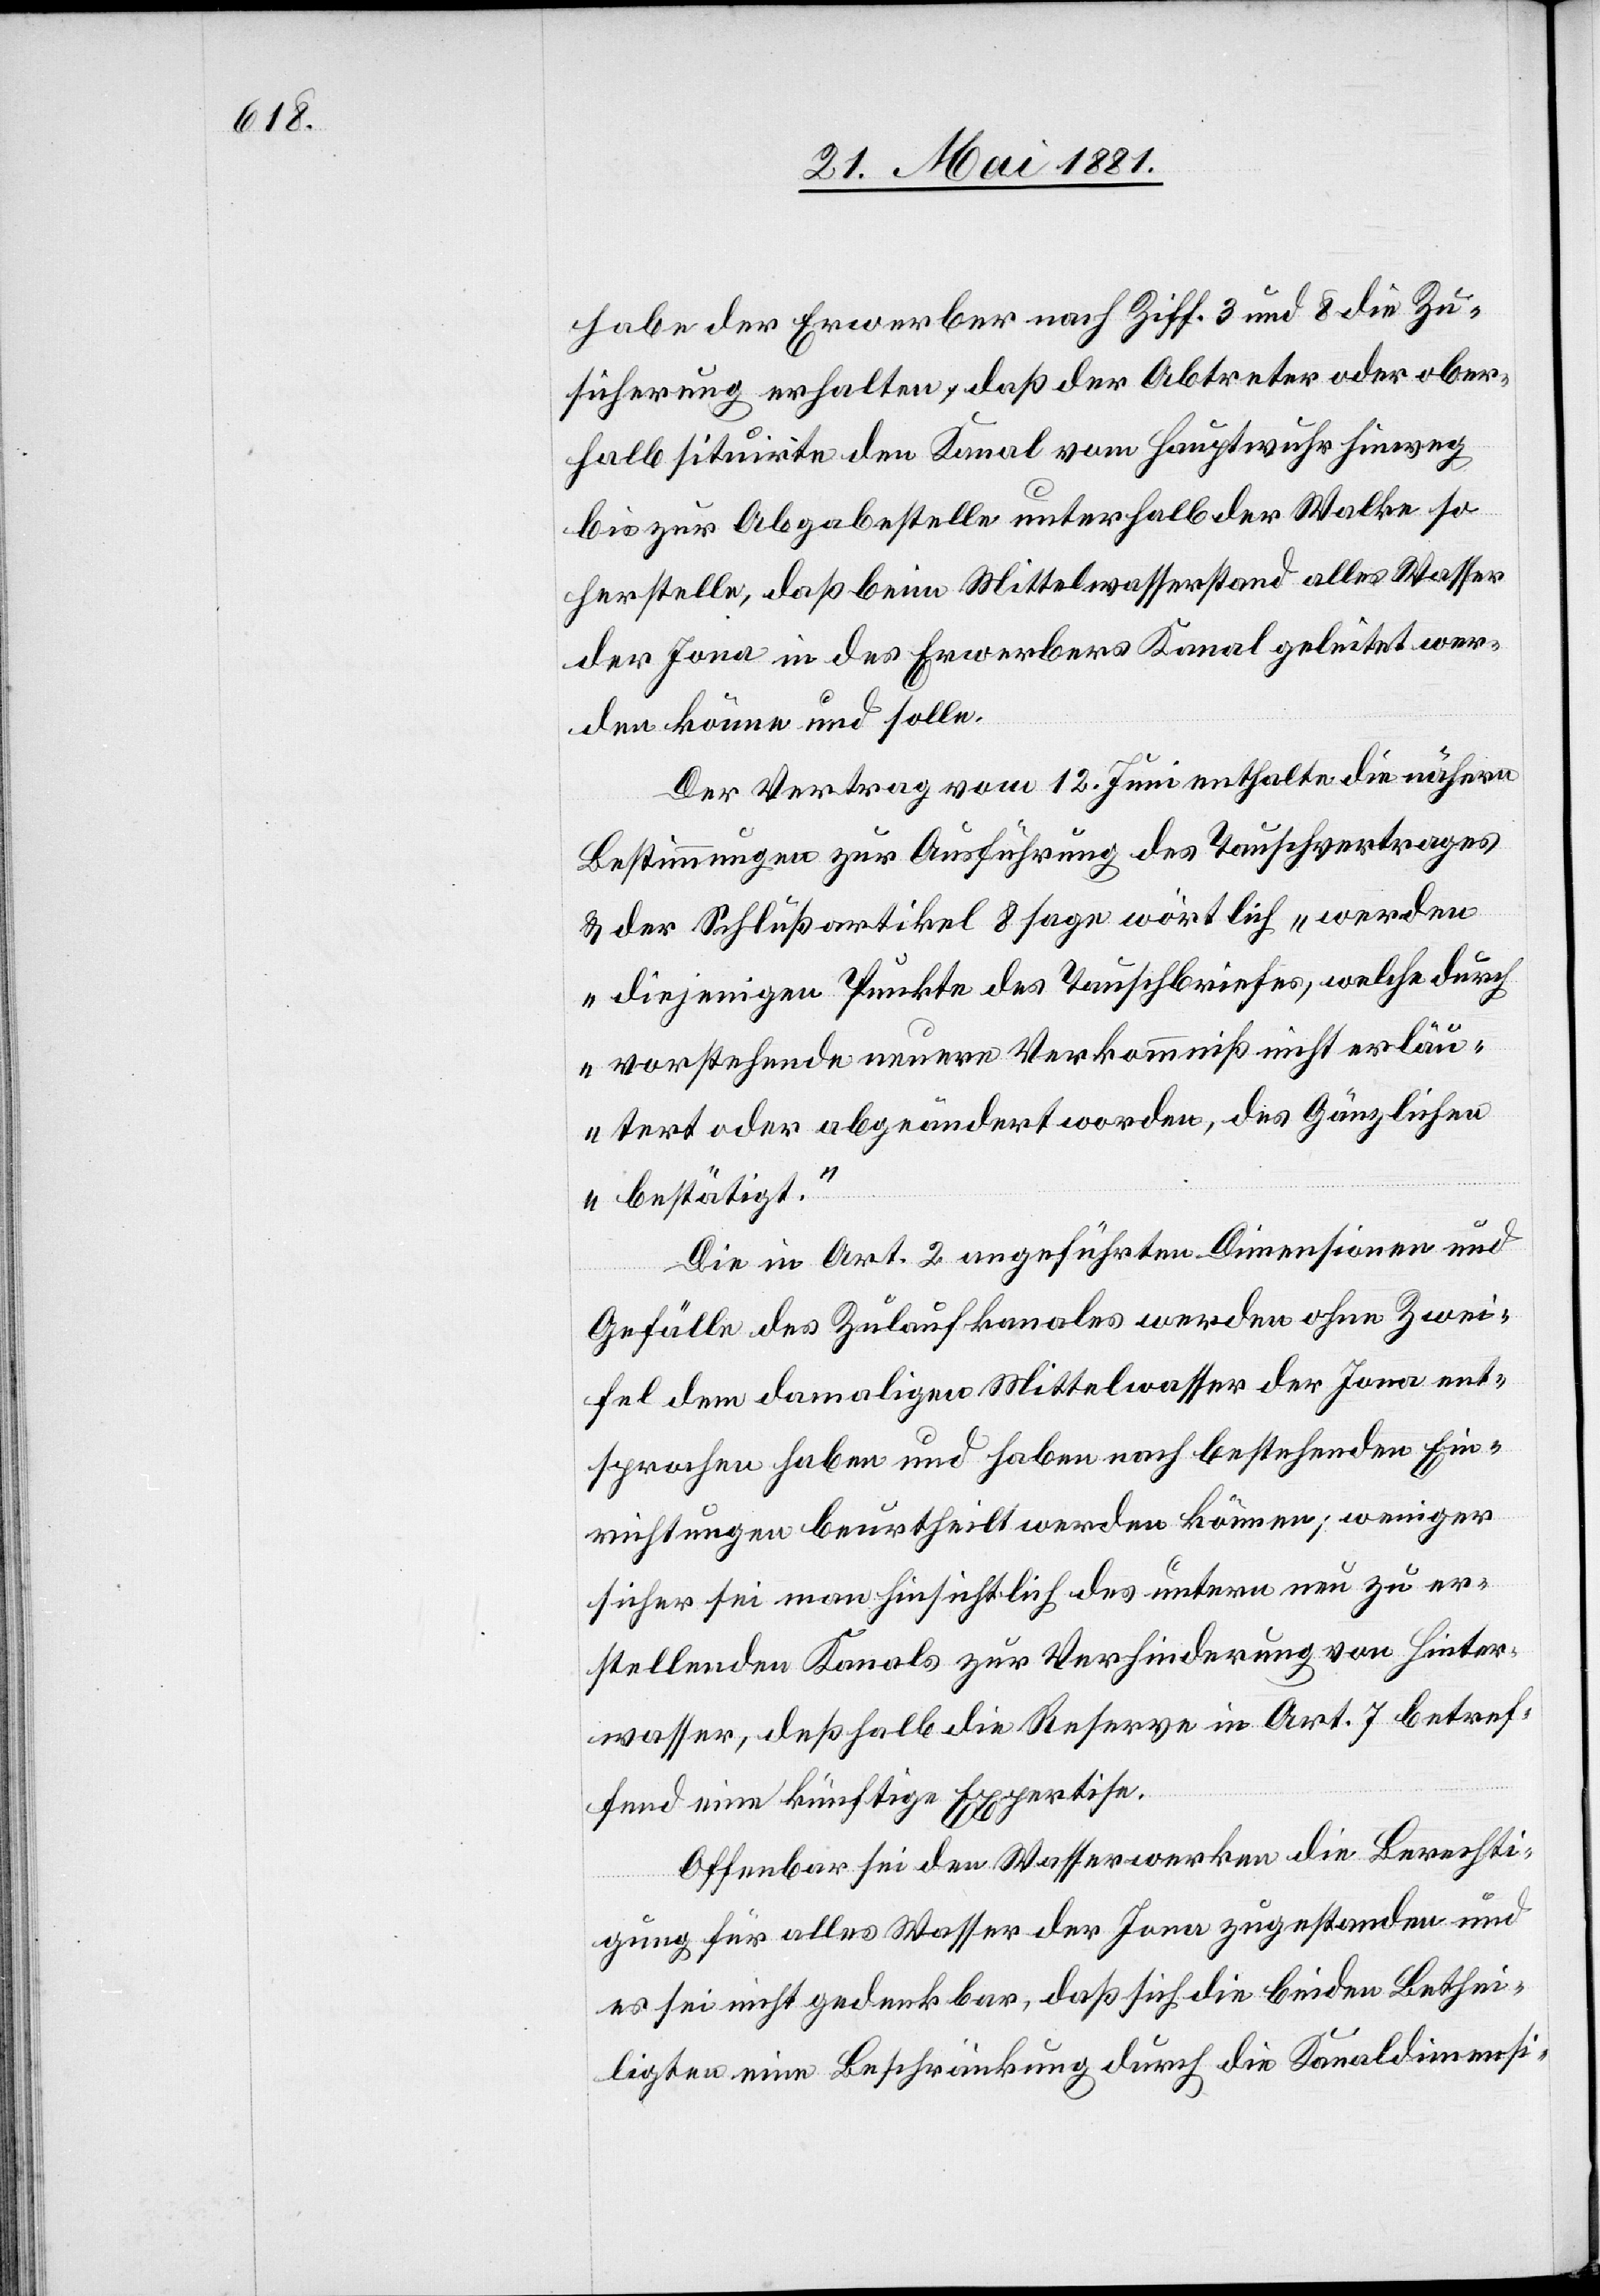
habe der Erwerber nach Ziff. 3 und 8 die Zu¬
sicherung erhalten, daß der Abtreter oder ober¬
halb situirte den Kanal vom Hauptwuhr hinweg
bis zur Abgabestelle unterhalb der Walke so
herstelle, daß beim Mittelwasserstand alles Wasser
der Jona in des Erwerbers Kanal geleitet wer¬
den könne und solle.
Der Vertrag vom 12. Juni enthalte die nähern
Bestimmungen zur Ausführung des Tauschvertrages
& der Schlußartikel 8 sage wörtlich „werden
diejenigen Punkte des Tauschbriefes, welche durch
vorstehende neuere Verkommniß nicht erläu¬
tert oder abgeändert worden, des Gänzlichen
bestätigt.“
Die in Art. 2 angeführten Dimensionen und
Gefälle des Zulaufkanals werden ohne Zwei¬
fel dem damaligen Mittelwasser der Jona ent¬
sprochen haben und haben nach bestehenden Ein¬
richtungen beurtheilt werden können; weniger
sicher sei man hinsichtlich des untern neu zu er¬
stellenden Kanals zur Verhinderung von Hinter¬
wasser, deßhalb die Reserve in Art. 7 betref¬
fend eine künftige Expertise.
Offenbar sei den Wasserwerken die Berechti¬
gung für alles Wasser der Jona zugestanden und
es sei nicht gedenkbar, daß sich die beiden Bethei¬
ligten eine Beschränkung durch die Kanaldimensi-